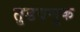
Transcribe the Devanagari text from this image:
तुडवणूक